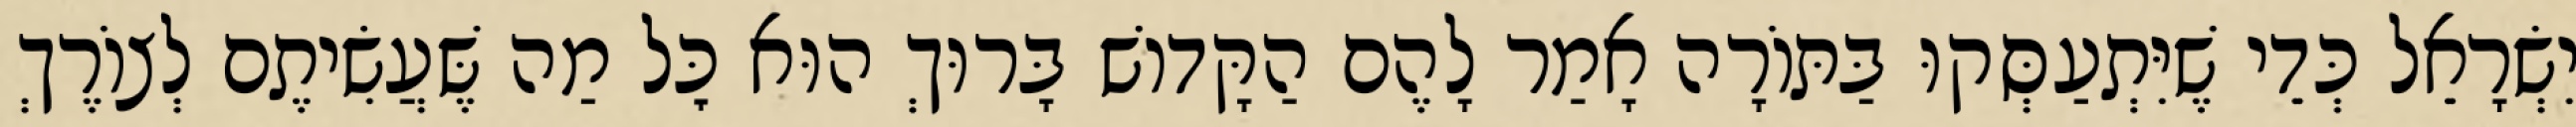
יִשְׂרָאֵל כְּדֵי שֶׁיִּתְעַסְּקוּ בַּתּוֹרָה אָמַר לָהֶם הַקָּדוֹשׁ בָּרוּךְ הוּא כׇּל מַה שֶּׁעֲשִׂיתֶם לְצוֹרֶךְ